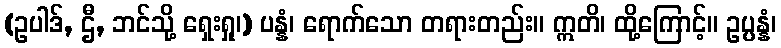
(ဥပါဒ်, ဌီ, ဘင်သို့ ရှေးရှု၊) ပန္နံ၊ ရောက်သော တရားတည်း။ ဣတိ၊ ထို့ကြောင့်။ ဥပ္ပန္နံ၊